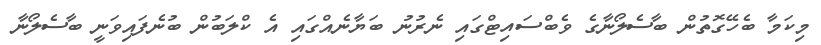
މިކަމާ ބެހޭގޮތުން ބާސެލޯނާގެ ވެބްސައިޓްގައި ނެރުނު ބަޔާނެއްގައި އެ ކްލަބުން ބުނެފައިވަނީ ބާސެލޯނާ